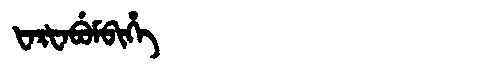
Manchu: ᡶᠠᡵᡶᠠᠪᡠᠮᠪᡳᡥᡝ
Romanization: FARFABUMBIHE